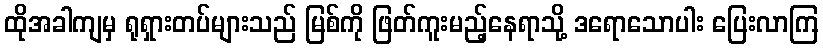
ထိုအခါကျမှ ရုရှားတပ်များသည် မြစ်ကို ဖြတ်ကူးမည့်နေရာသို့ ဒရောသောပါး ပြေးလာကြ